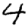
Digit: 4